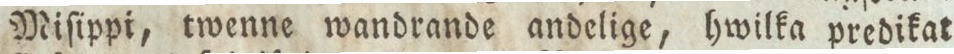
Miſippi, twenne wandrande andelige, hwilka predikat